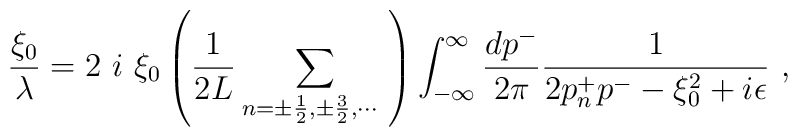
{ \xi_0 \over \lambda } = 2~ i~ \xi_0 \left( {1 \over 2 L }          \sum_{n= \pm \frac{1}{2}, \pm \frac{3}{2}, \cdots ~} \right)         \int_{- \infty} ^{\infty} { d p^- \over 2 \pi }              {1 \over 2 p^+ _n p^- - \xi_0 ^2 + i \epsilon } ~,